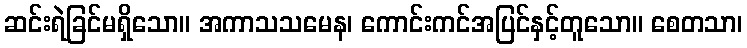
ဆင်းရဲခြင်မရှိသော။ အကာသသမေန၊ ကောင်းကင်အပြင်နှင့်တူသော။ စေတသာ၊